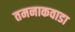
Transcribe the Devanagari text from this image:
तमनाकवाडा